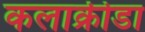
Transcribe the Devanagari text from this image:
कलाक्रीडा